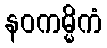
နဝကမ္မိကံ